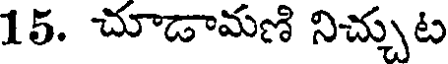
15. చూడామణి నిచ్చుట